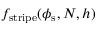
f _ { \mathrm { s t r i p e } } ( \phi _ { \mathrm { s } } , N , h )